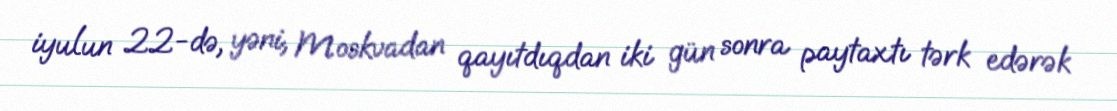
iyulun 22-də, yəni, Moskvadan qayıtdıqdan iki gün sonra paytaxtı tərk edərək